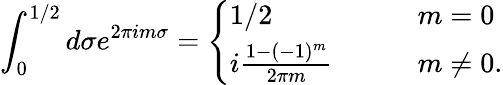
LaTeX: \int_{0}^{1/2}d\sigma e^{2\pi im\sigma}=\left\{ \begin{array}{ll}{{1/2\qquad}}&{{m=0}}\\ {{i\frac{1-(-1)^{m}}{2\pi m}\qquad}}&{{m\neq 0.}}\end{array}\right.